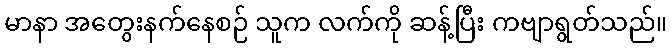
မာနာ အတွေးနက်နေစဉ် သူက လက်ကို ဆန့်ပြီး ကဗျာရွတ်သည်။